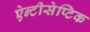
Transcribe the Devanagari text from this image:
ऐन्टीसेप्टिक